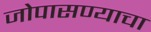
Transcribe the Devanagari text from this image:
जोपासण्याचा